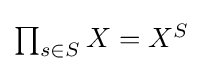
{\textstyle \prod _{s\in S}X=X^{S}}